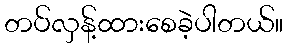
တပ်လှန့်ထားစေခဲ့ပါတယ်။